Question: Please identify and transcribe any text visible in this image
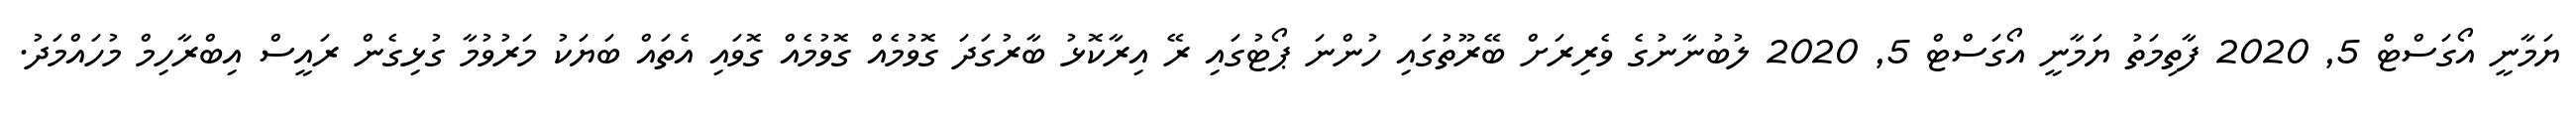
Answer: ޔަމާނީ އޯގަސްޓް 5, 2020 ފާތިމަތު ޔަމާނީ އޯގަސްޓް 5, 2020 ލުބުނާނުގެ ވެރިރަށް ބޭރޫތުގައި ހުންނަ ޕޯޓުގައި ރޭ އިރާކޮޅު ބާރުގަދަ ގޮވުމެއް ގޮވުމެއް ގޮވައި އެތައް ބަޔަކު މަރުވުމާ ގުޅިގެން ރައީސް އިބްރާހިމް މުހައްމަދު.